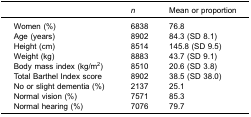
|  | n | Mean or proportion |
 | --- | --- | --- |
 | Women (%) | 6838 | 76.8 |
 | Age (years) | 8902 | 84.3 (SD 8.1) |
 | Height (cm) | 8514 | 145.8 (SD 9.5) |
 | Weight (kg) | 8883 | 43.7 (SD 9.1) |
 | Body mass index (kg/m2) | 8510 | 20.6 (SD 3.8) |
 | Total Barthel Index score | 8902 | 38.5 (SD 38.0) |
 | No or slight dementia (%) | 2137 | 25.1 |
 | Normal vision (%) | 7571 | 85.3 |
 | Normal hearing (%) | 7076 | 79.7 |